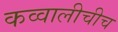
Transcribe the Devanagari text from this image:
कव्वालीचीच